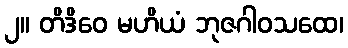
၂။ တိဒိဝေ မဟိယံ ဘုဇဂါဝသထေ၊